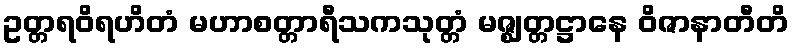
ဥတ္တရဝိရဟိတံ မဟာစတ္တာရီသကသုတ္တံ မဇ္ဈတ္တဋ္ဌာနေ ဝိဇာနာတီတိ